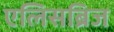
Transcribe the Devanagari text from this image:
एलिसब्रिज